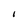
Character: 1